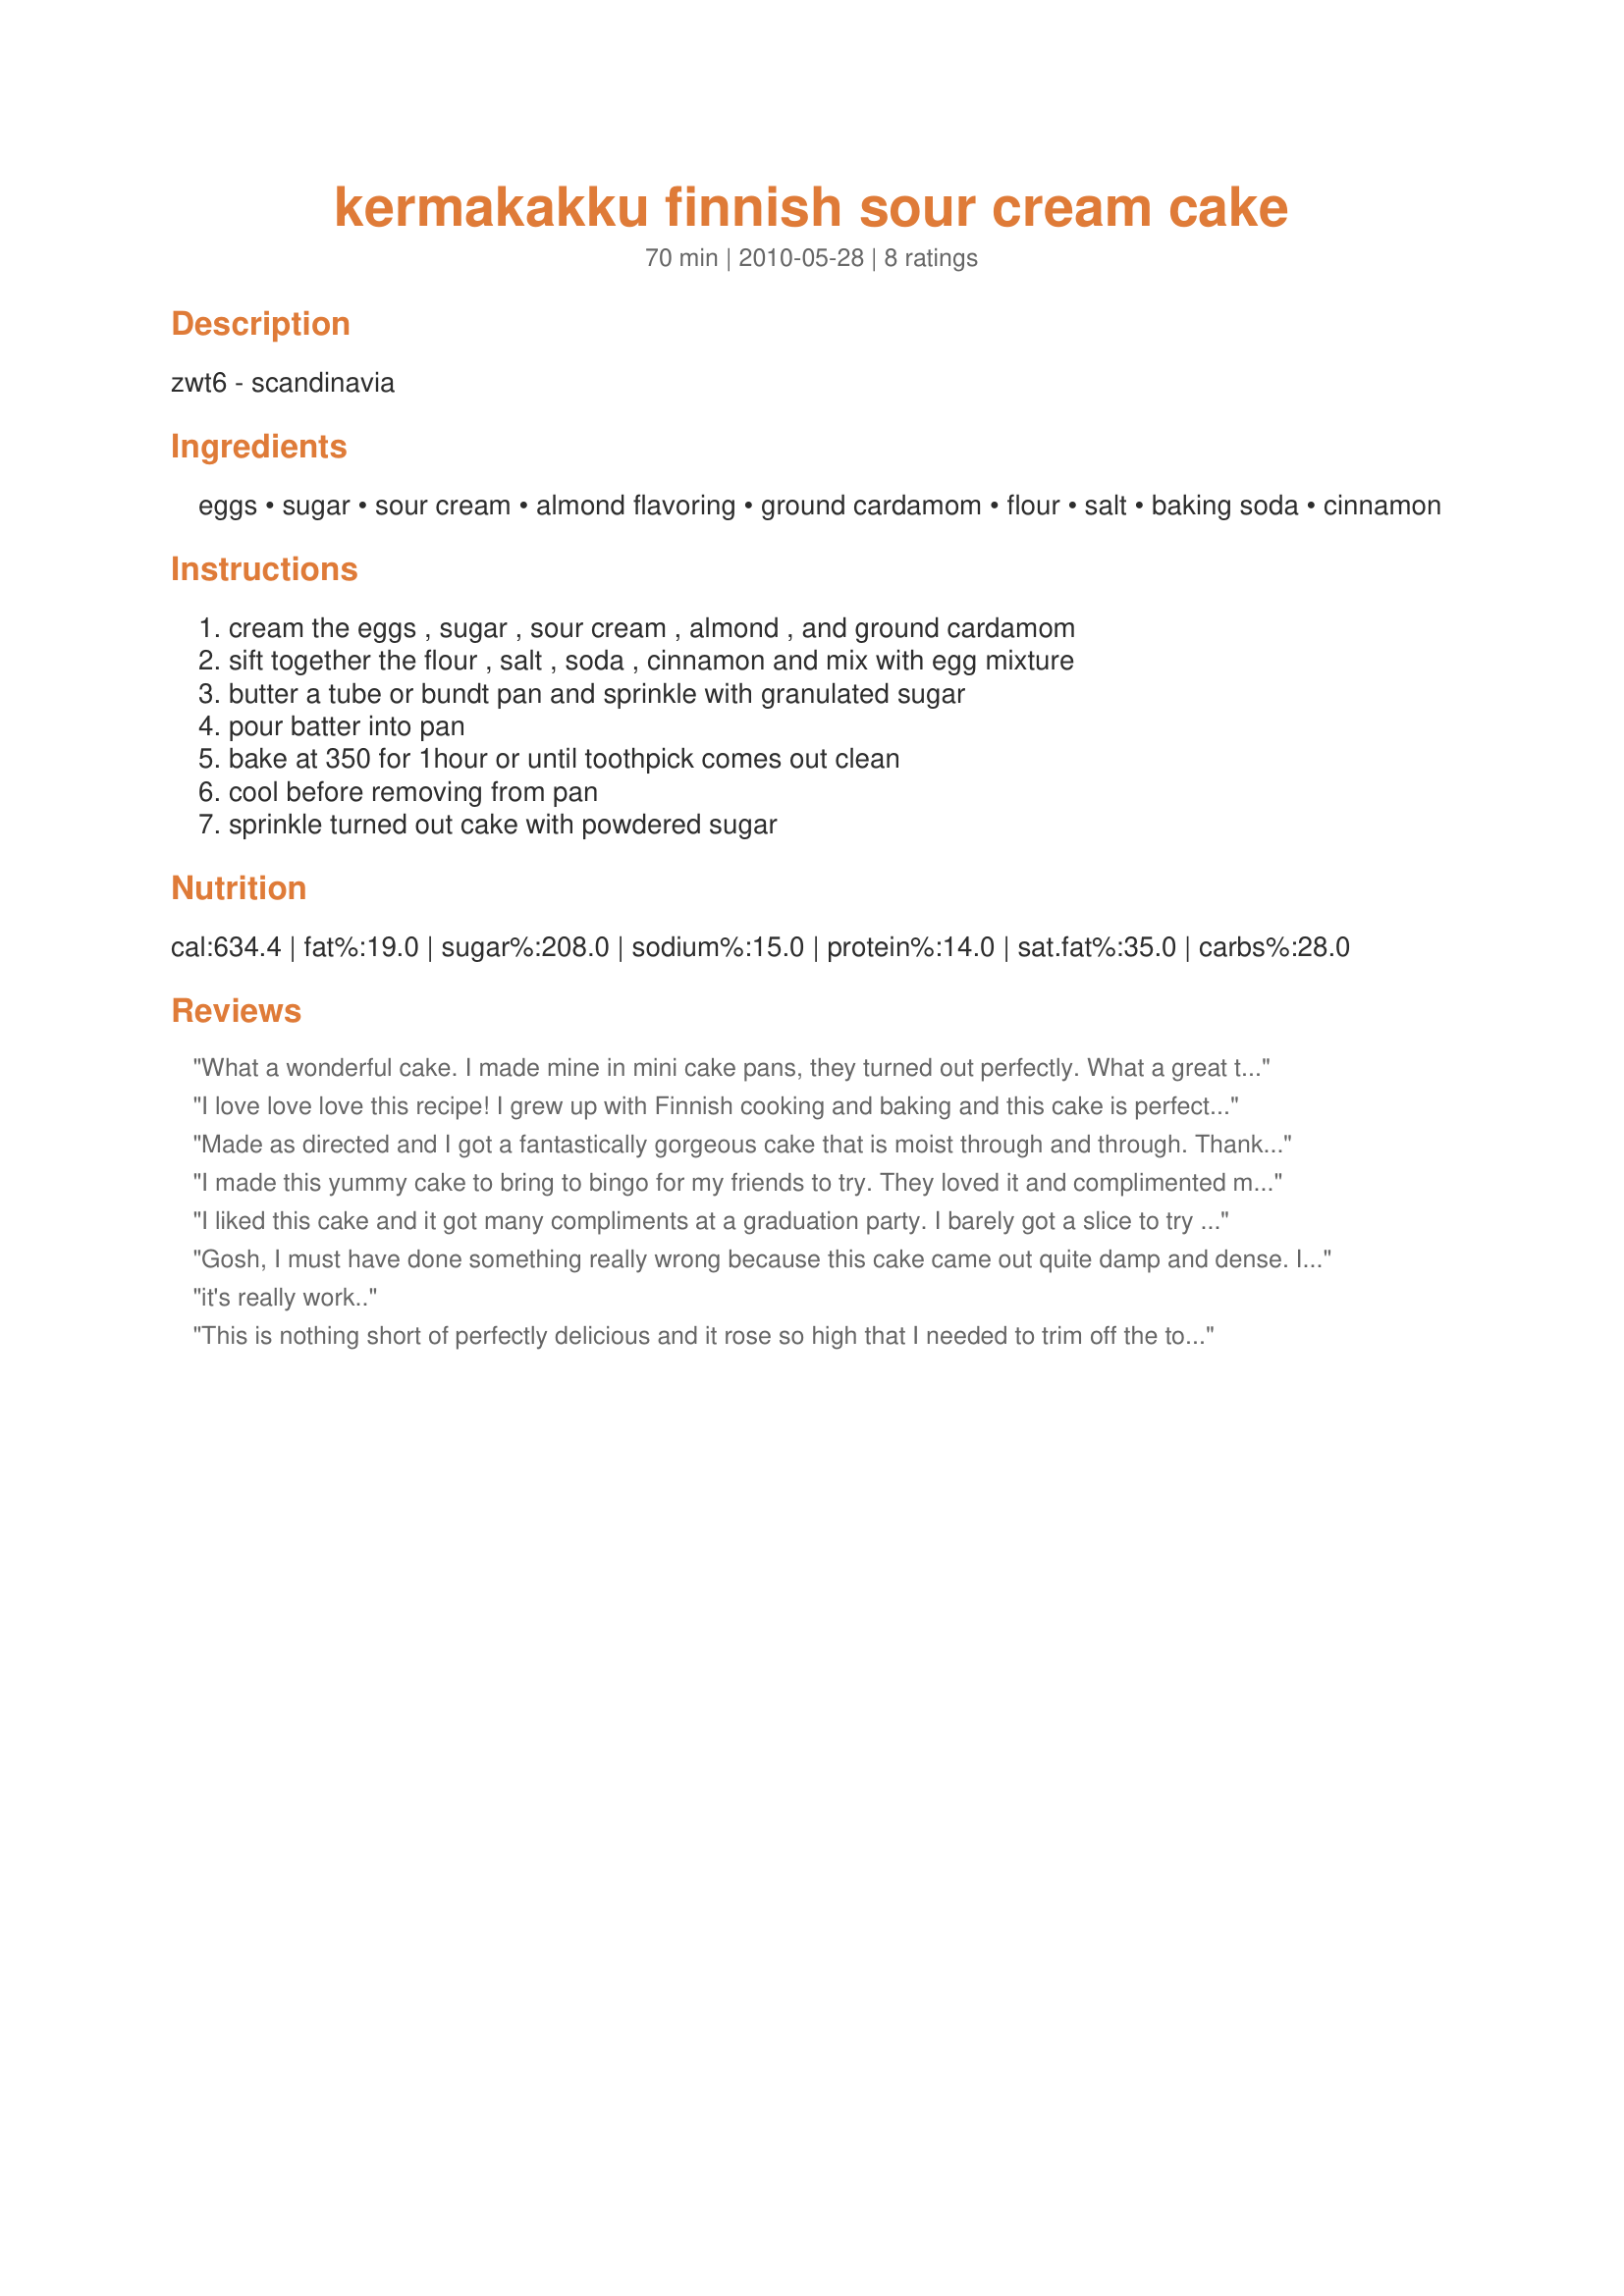
kermakakku finnish sour cream cake
Preparation time: 70 minutes

zwt6 - scandinavia

Ingredients:
eggs, sugar, sour cream, almond flavoring, ground cardamom, flour, salt, baking soda, cinnamon

Steps:
cream the eggs , sugar , sour cream , almond , and ground cardamom, sift together the flour , salt , soda , cinnamon and mix with egg mixture, butter a tube or bundt pan and sprinkle with granulated sugar, pour batter into pan, bake at 350 for 1hour or until toothpick comes out clean, cool before removing from pan, sprinkle turned out cake with powdered sugar

Reviews:
What a wonderful cake. I made mine in mini cake pans, they turned out perfectly. What a great texture, crisp and tender and the flavor was incredible. I made the cakes exactly as written and wouldn't change a thing. Recommended by a friend and I am so glad that I listened. Into my keeper box this goes ElaineAnn. Thank you so much for sharing a new family favorite.
I love love love this recipe! I grew up with Finnish cooking and baking and this cake is perfect exactly as written! I have made this twice now, the first time was for an international potluck, everyone loved it, second time was for a scandinavian choir, and again, everyone loved it! I wouldnt change a thing! thank you ElaineAnn for sharing!
Made as directed and I got a fantastically gorgeous cake that is moist through and through. Thanks, ElaineAnn! Made for Aussie Kiwi Recipe Swap #46, November 2010.
I made this yummy cake to bring to bingo for my friends to try. They loved it and complimented me on it. The cake was moist and I really loved the cardamom and cinnamon mixture! This cake is so delicious, you have got to try it! I must confess that I did add pecans in with the cake mix. I frosted the cake with a cream cheese frosting and then decorated with pecans also. This is one recipe I will be making again and again in the future... Thanks for sharing it with us ElaineAnn!
I liked this cake and it got many compliments at a graduation party. I barely got a slice to try it myself! Used small pieces of cardamom instead of finely ground for nice pops of flavor but otherwise followed recipe. Made in a tube cake pan with a removable bottom and was able to remove easily before it was completely cooled.
Gosh, I must have done something really wrong because this cake came out quite damp and dense. It did raise well, though. I made it thinking it would go well with fresh strawberries. Sorry, ElaineAnn, but we didn't like it at all.
it's really work..
This is nothing short of perfectly delicious and it rose so high that I needed to trim off the top to have it sit on the plate. Very simple to make and it has a very mild flavor of the warm natured spices. I replaced the sugar with Splenda and used fat free sour cream. The best thing is that the sugar used to line the pan caramelizes so that the cake almost self frosts. It doesn't take a lot of sugar either I put 1.5 Tbsp in the pan and after shaking it around the pan to cover I was still able to remove some that wasn't used up. It's a smash hit here. Everyone (including DH who "hates" sour cream fell in love with it!). Thank you buddy for a real keeper :D
